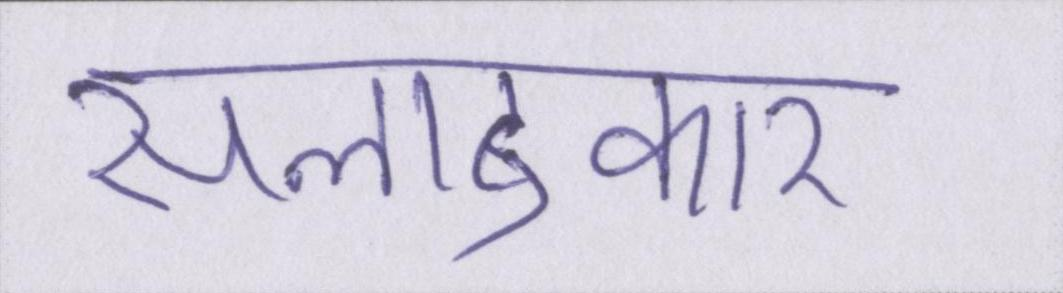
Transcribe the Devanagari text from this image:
सलाहकार